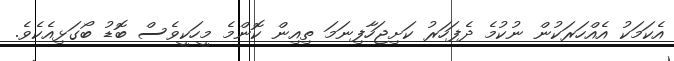
އެކަމަކު އެއްހަރަކުން ނުކުމެ ދެފަހަރު ކަށިޖަހާފިނަމަ ތިއިން ކޮންމެ މީހަކީވެސް ބޮޑު ބޯގަޅިއެކެވެ.